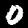
Label: 0